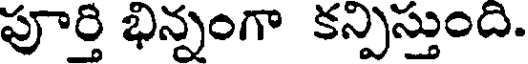
పూర్తి భిన్నంగా కన్పిస్తుంది.